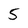
Character: 5